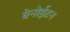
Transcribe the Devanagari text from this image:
बेनोईटन